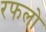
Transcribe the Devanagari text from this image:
रफलो